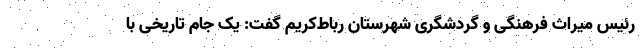
رئیس میراث فرهنگی و گردشگری شهرستان رباط‌کریم گفت: یک جام تاریخی با